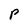
Character: P